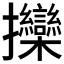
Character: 𱡖